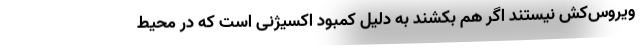
ویروس‌کُش نیستند اگر هم بکشند به دلیل کمبود اکسیژنی است که در محیط